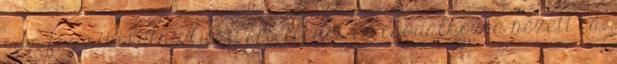
sem fog sikerülni. Gézu értetlenül és csodálkozva nézett rá.